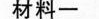
材料一